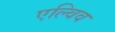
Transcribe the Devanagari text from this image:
एल्विव